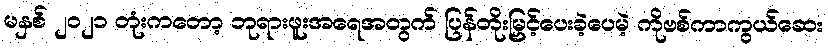
မနှစ် ၂၀၂၁ တုံးကတော့ ဘုရားဖူးအရေအတွက် ပြန်တိုးမြှင့်ပေးခဲ့ပေမဲ့ ကိုဗစ်ကာကွယ်ဆေး